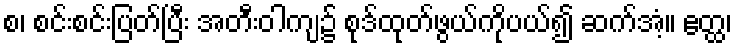
စ၊ စင်းစင်းပြတ်ပြီး အတီးဝါကျ၌ စုဒ်ထုတ်ဖွယ်ကိုပယ်၍ ဆက်အံ့။ ဧတ္ထ၊